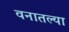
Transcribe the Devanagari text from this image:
वनातल्या